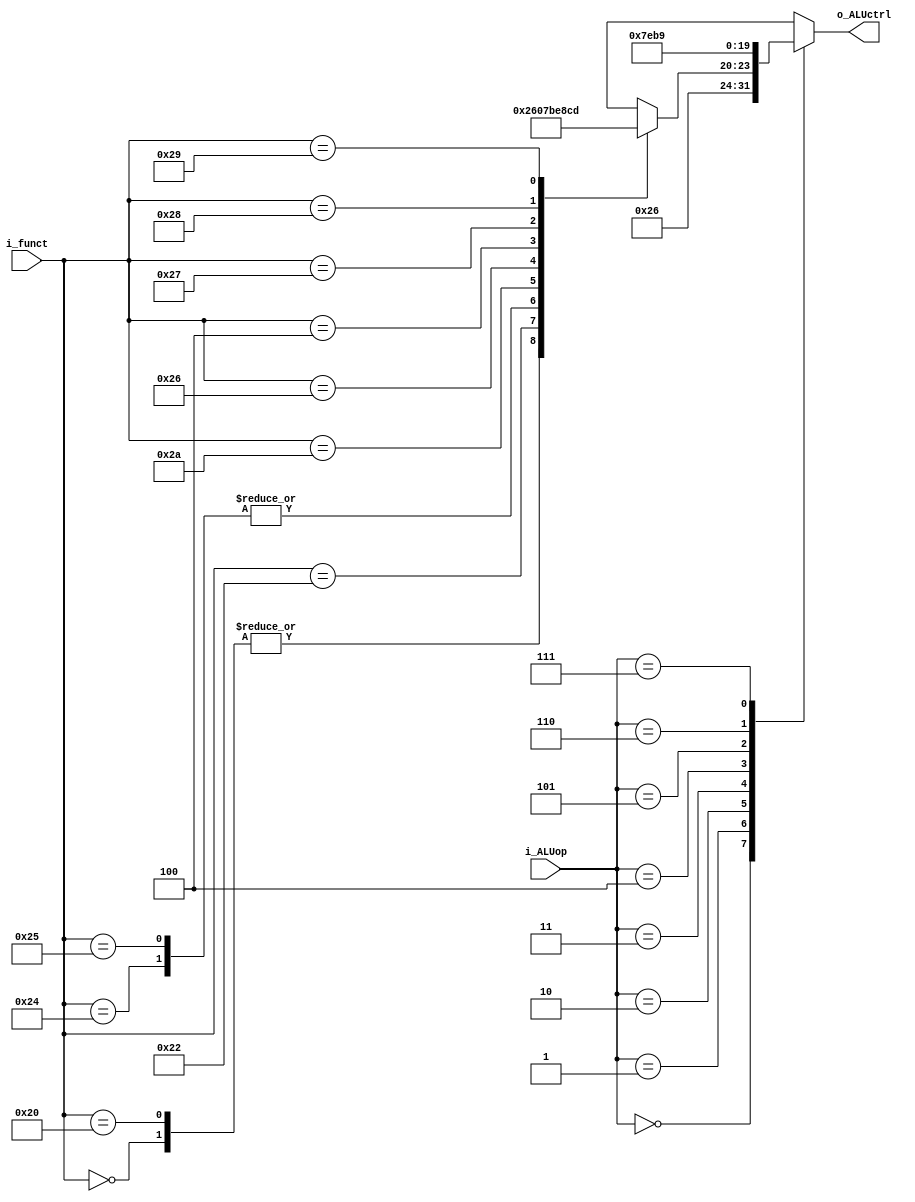
`timescale 1ns / 1ps

module ALUControl(i_funct, i_ALUop, o_ALUctrl);
	input [5:0] i_funct;
	input [2:0] i_ALUop;
	output reg[3:0] o_ALUctrl;
	
always@(i_ALUop, i_funct)begin
		case(i_ALUop)
		3'b000: o_ALUctrl <= 4'b0010; //add
		3'b001: o_ALUctrl <= 4'b0110; //sub
		3'b010: begin
			case(i_funct)
				6'b000000: o_ALUctrl <= 4'b0010; // NOP
				6'b100000: o_ALUctrl <= 4'b0010; // add
				6'b100010: o_ALUctrl <= 4'b0110; // sub
				6'b100100: o_ALUctrl <= 4'b0000; // and
				6'b100101: o_ALUctrl <= 4'b0000; // or
				6'b101010: o_ALUctrl <= 4'b0111; // slt
				6'b100110: o_ALUctrl <= 4'b1011; // xor	
				6'b000100: o_ALUctrl <= 4'b1110; // sl
				6'b100110: o_ALUctrl <= 4'b1001;
				6'b100111: o_ALUctrl <= 4'b1000;
				6'b101000: o_ALUctrl <= 4'b1100;
				6'b101001: o_ALUctrl <= 4'b1101;
				default: o_ALUctrl <= 4'bx;
			endcase
			end
		3'b011: o_ALUctrl <= 4'b0000; // and
		3'b100: o_ALUctrl <= 4'b0111; // slt
		3'b101: o_ALUctrl <= 4'b1110; // sl
		3'b110: o_ALUctrl <= 4'b1011; //	xor
		3'b111: o_ALUctrl <= 4'b1001;	//div2
		endcase
	end
endmodule